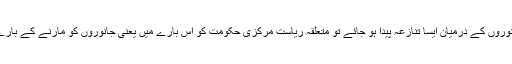
اگر کسی ریاست میں انسانوں اور جانوروں کے درمیان ایسا تنازعہ پیدا ہو جائے تو متعلقہ ریاست مرکزی حکومت کو اس بارے میں یعنی جانوروں کو مارنے کے بارے میں اپنی تجویز پیش کر سکتی ہے۔